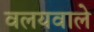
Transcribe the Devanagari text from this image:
वलयवाले